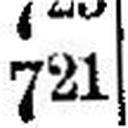
721